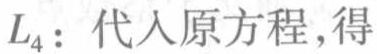
$L_{4}: 代入原方程,得$